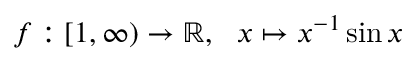
f : [ 1 , \infty ) \to \mathbb { R } , \ \ x \mapsto x ^ { - 1 } \sin x